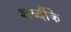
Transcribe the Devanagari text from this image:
शब्दौंके